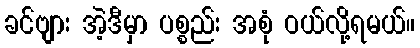
ခင်ဗျား အဲ့ဒီမှာ ပစ္စည်း အစုံ ဝယ်လို့ရမယ်။